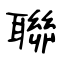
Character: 聯